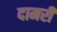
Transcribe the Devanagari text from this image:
दामरी